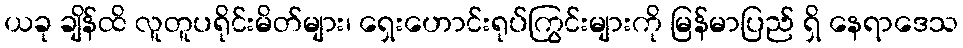
ယခု ချိန်ထိ လူတူပရိုင်းမိတ်များ၊ ရှေးဟောင်းရုပ်ကြွင်းများကို မြန်မာပြည် ရှိ နေရာဒေသ